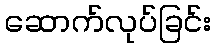
ဆောက်လုပ်ခြင်း